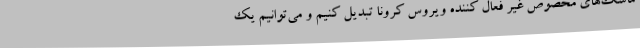
ماسک‌های مخصوص غیر فعال کننده ویروس کرونا تبدیل کنیم و می‌توانیم یک